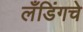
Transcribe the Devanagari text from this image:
लँडिंगचे